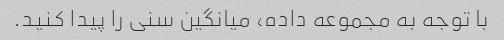
با توجه به مجموعه داده، میانگین سنی را پیدا کنید.